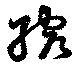
縮